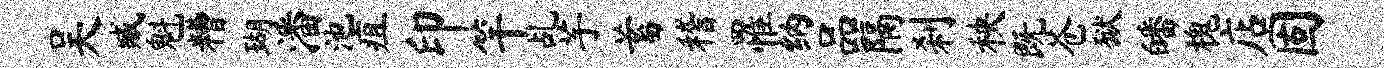
吴臧魁糟瑚潘池疽印竿乩芋蓄稽罹纳品隔刹秧既苍狱皤槐店固